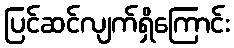
ပြင်ဆင်လျက်ရှိကြောင်း